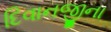
દિવાનજીના